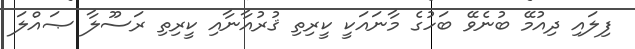
ފިލައި ދިއުމޭ ބުނެވޭ ބަހުގެ މާނައަކީ ކީރިތި ޤުރުއާނާއި ކީރިތި ރަސޫލާ ޞައްލަ